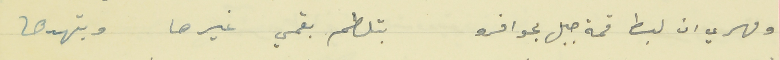
ومهري ان لبط قمة جبل بحوافرو     بتلطم بقمي غيرها وبتهدها